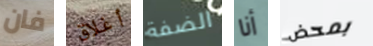
فان أغلاق الضفة أنا بمحض